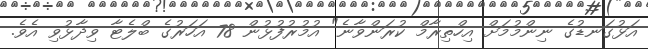
އަޅުގަނޑުގެ ނިންމުމަށް އިހްތިރާމް ކުރަންވާނެ" އުމުރުފުޅުން 78 އަހަރުގެ ބްލެޓާ ވިދާޅުވި އެވެ.